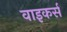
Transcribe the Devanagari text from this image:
वाइकर्स